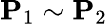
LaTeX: \mathbf{P}_{1}\sim\mathbf{P}_{2}